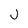
Character: j